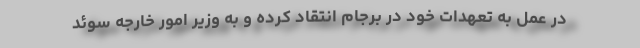
در عمل به تعهدات خود در برجام انتقاد کرده و به وزیر امور خارجه سوئد